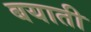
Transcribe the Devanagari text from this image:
बयाती